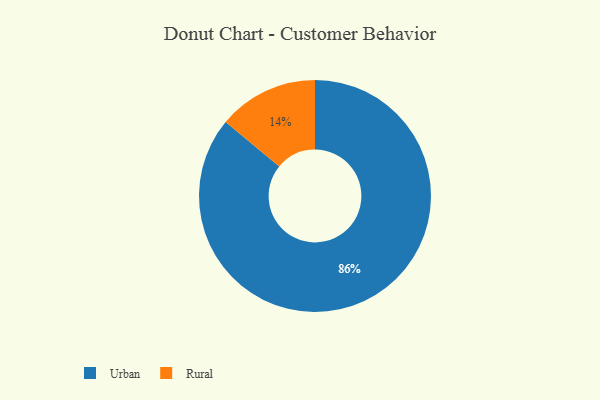
{"axis": {"x": "Category", "y": "Percentage"}, "legend": ["Rural", "Urban"], "data": [{"x": "Urban", "y": 86, "type": "Urban"}, {"x": "Rural", "y": 14, "type": "Rural"}]}